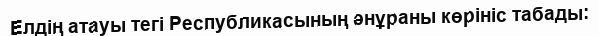
Елдің атауы тегі Республикасының әнұраны көрініс табады: